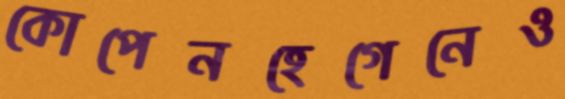
কোপেনহেগেনেও